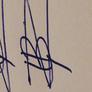
Signature authenticity: forged